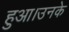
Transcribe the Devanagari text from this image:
हुआ।उनके